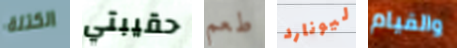
الكتلة حقيبتي طعم ليونارد والقيام